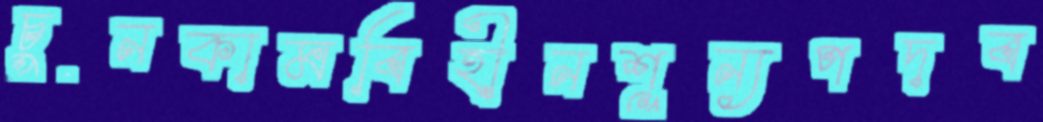
চুনকামবিহীনশূন্যপদব